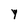
Character: Y